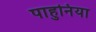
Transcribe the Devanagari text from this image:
पाहुनिया